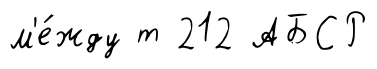
м'е́жду т 212 АБСР